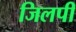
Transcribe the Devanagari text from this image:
जिलपी